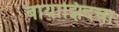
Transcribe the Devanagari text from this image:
बायाझिदचा